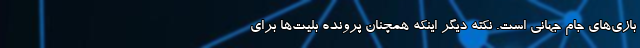
بازی‌های جام جهانی است. نکته دیگر اینکه همچنان پرونده بلیت‌ها برای